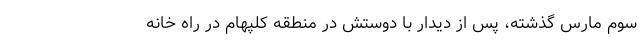
سوم مارس گذشته، پس از دیدار با دوستش در منطقه کلپهام در راه خانه